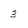
Character: 3